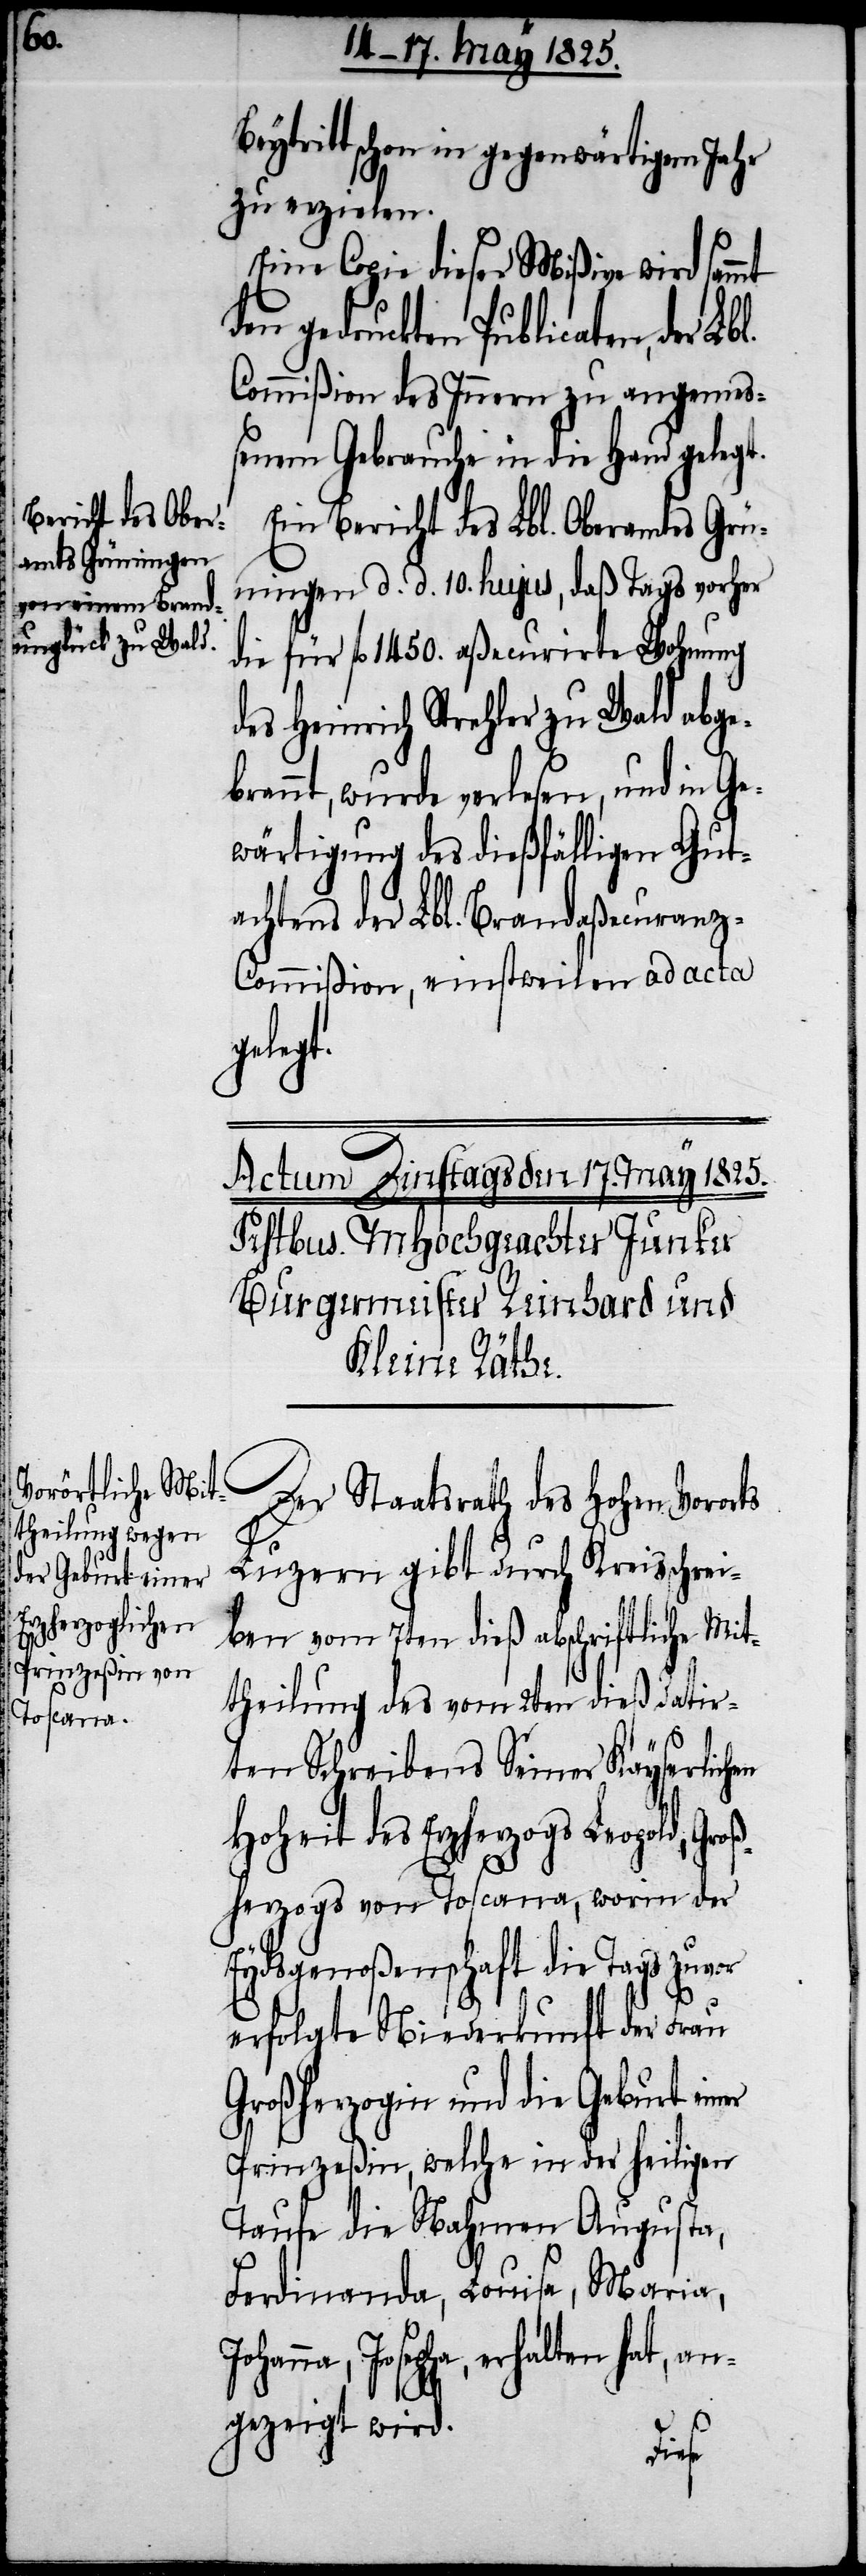
Bey¬

Johanna,

tritt schon in gegenwärtigem Jahr
zu erzielen.
Eine Copie dieser Mißive wird sammt
den gedruckten Publicaten, der
Commißion des Innern zu angemeß¬
enem Gebrauche in die Hand gelegt.
Ein Bericht des Lbl. Oberamtes Grün¬
ingen d. d. 10. hujus, daß Tags vorher
die für fl. 1450. aßecurirte Wohnung
des Heinrich Strehler zu Wald abge¬
brannt, wurde verlesen, und in Ge¬
wärtigung des dießfälligen Gut¬
achtens der Lbl. Brandaßecuran¬
z-Commißion, einstweilen ad acta
gelegt.
Der Staatsrath des Hohen Vororts
Luzern gibt durch Kreisschrei¬
ben vom 7ten dieß abschriftliche Mit¬
theilung des vom 2ten dieß datir¬
ten Schreibens Seiner Kayserlichen
Hoheit des Erzherzogs Leopold, Gro¬
ßherzogs von Toscana, worin der
Eydsgenoßenschaft die Tags
erfolgte Niederkunft der Frau
Großherzogin und die Geburt einer
Prinzeßin, welche in der heiligen
Taufe die Nahmen Augusta,
Ferdinanda, Louise, Maria,
Josepha, erhalten hat, a¬
ngezeigt wird.